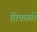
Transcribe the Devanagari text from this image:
वितळते